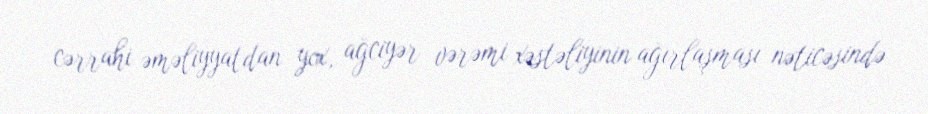
cərrahi əməliyyatdan yox, ağciyər vərəmi xəstəliyinin ağırlaşması nəticəsində